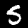
Digit: 5